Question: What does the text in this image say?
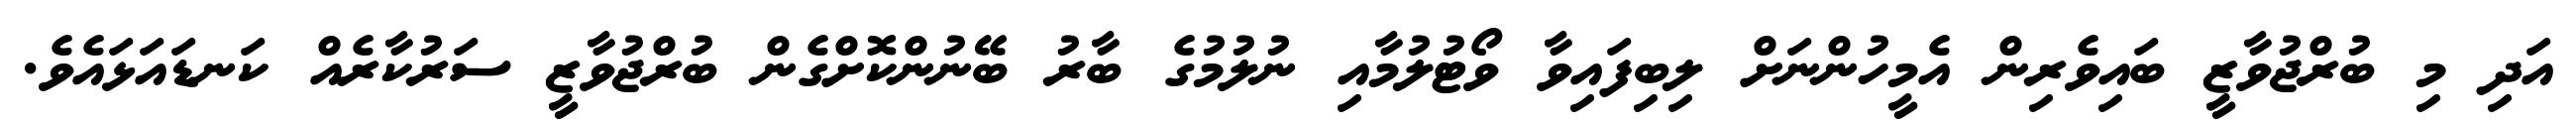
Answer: އަދި މި ބުރްޖުވާޒީ ބައިވެރިން އެމީހުންނަށް ލިބިފައިވާ ވޯޓުލުމާއި ނުލުމުގެ ބާރު ބޭނުންކޮށްގެން ބުރްޖުވާޒީ ސަރުކާރެއް ކަނޑައަޅައެވެ.